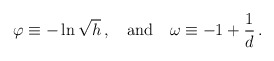
\begin{align*}\varphi \equiv - \ln\sqrt{h} \, , \quad {\rm and} \quad \omega \equiv -1+ \frac{1}{d} \, .\end{align*}